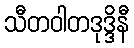
သီတဝါတဒုဒ္ဒိနီ